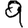
Digit: 9